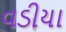
વડીયા